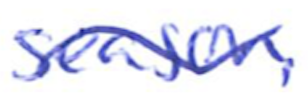
Text: season.
Cross-out: wave
Writing tool: ballpoint